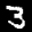
Label: 3